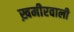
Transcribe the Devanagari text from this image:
ख़मीरवाली